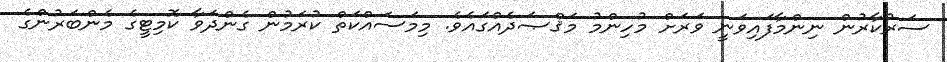
ސަރުކާރުން ނިންމާފައިވަނީ ވަރަށް މުހިންމު މަޤްޞަދެއްގައެވެ. މިމަސައްކަތް ކުރަމުން ގެންދަވާ ކޮމިޓީގެ މެންބަރުންގެ